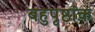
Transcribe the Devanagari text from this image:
बहुपृष्ठांक